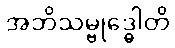
အဘိသမ္ဗုဒ္ဓေါတိ